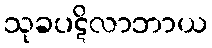
သုခပဋိလာဘာယ